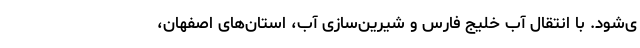
ی‌شود. با انتقال آب خلیج فارس و شیرین‌سازی آب، استان‌های اصفهان،